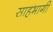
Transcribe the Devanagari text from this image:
साहभागी